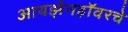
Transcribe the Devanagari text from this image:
आयझेनहॉवरचे